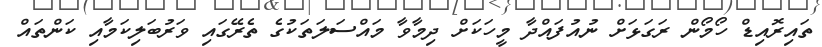
ތައިރޮއިޑް ހޯމޯން ރަގަޅަށް ނުއުފައްދާ މީހަކަށް ދިމާވާ މައްސަލަތަކުގެ ތެރޭގައި ވަރުބަލިކަމާއި ކަންތައް